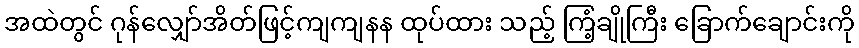
အထဲတွင် ဂုန်လျှော်အိတ်ဖြင့်ကျကျနန ထုပ်ထား သည့် ကြံ့ချိုကြီး ခြောက်ချောင်းကို